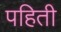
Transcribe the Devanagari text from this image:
पहिती